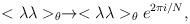
LaTeX: \begin{align*}<\lambda \lambda>_{\theta} \rightarrow <\lambda \lambda>_{\theta}e^{2\pi i/N},\end{align*}